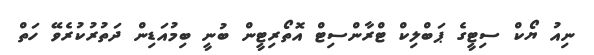
ނިއު ޔޯކް ސިޓީގެ ޕަބްލިކް ޓްރާންސިޓް އޮތޯރިޓީން ބުނީ ބިމުއަޑިން ދަތުރުކުރެވޭ ހަތް